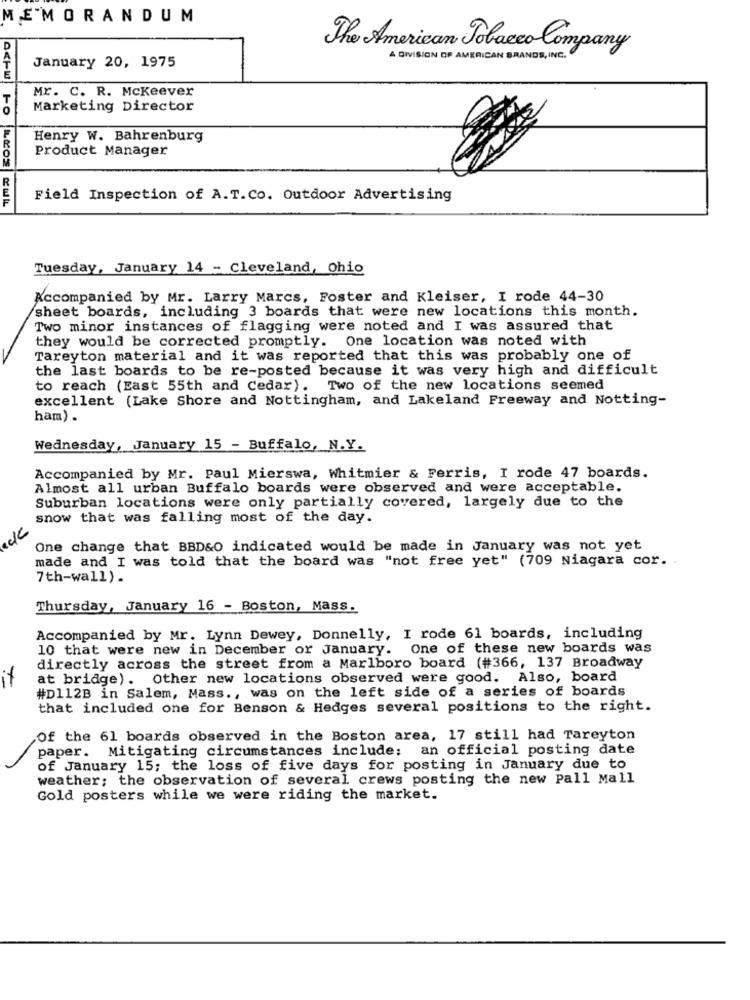
MEMORANDUM
D
The American Tobacco Company
A DIVISION OF AMERICAN BRANDS, INC.
January 20, 1975
Mr. C. R. Mckeever
T
0
Marketing Director
Henry W. Bahrenburg
Product Manager
R
Field Inspection of A.T.Co. Outdoor Advertising
Tuesday, January 14 - Cleveland, Ohio
Accompanied by Mr. Larry Marcs, Foster and Kleiser, I rode 44-30
sheet boards, including 3 boards that were new locations this month.
Two minor instances of flagging were noted and I was assured that
they would be corrected promptly. One location was noted with
Tareyton material and it was reported that this was probably one of
the last boards to be re-posted because it was very high and difficult
to reach (East 55th and Cedar). Two of the new locations seemed
excellent (Lake Shore and Nottingham, and Lakeland Freeway and Notting-
ham) .
Wednesday, January 15 - Buffalo, N.Y.
Accompanied by Mr. Paul Mierswa, Whitmier & Ferris, I rode 47 boards.
Almost all urban Buffalo boards were observed and were acceptable.
Suburban locations were only partially covered, largely due to the
snow that was falling most of the day.
One change that BBD&O indicated would be made in January was not yet
made and I was told that the board was "not free yet" (709 Niagara cor. .
7th-wall).
Thursday, January 16 - Boston, Mass.
Accompanied by Mr. Lynn Dewey, Donnelly, I rode 61 boards, including
10 that were new in December or January. One of these new boards was
directly across the street from a Marlboro board (#366, 137 Broadway
at bridge). Other new locations observed were good. Also, board
#D112B in Salem, Mass ., was on the left side of a series of boards
that included one for Benson & Hedges several positions to the right.
Of the 61 boards observed in the Boston area, 17 still had Tareyton
paper. Mitigating circumstances include: an official posting date
of January 15; the loss of five days for posting in January due to
weather; the observation of several crews posting the new Pall Mall
Gold posters while we were riding the market.